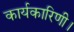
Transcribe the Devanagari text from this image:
कार्यकारिणी।